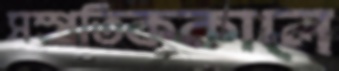
সম্প্রতিককালে